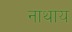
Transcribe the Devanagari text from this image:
नाथाय